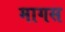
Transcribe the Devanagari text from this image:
मागस